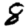
Digit: 8